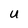
Character: U